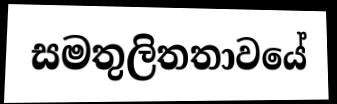
සමතුලිතතාවයේ